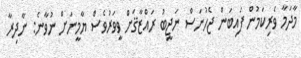
މާދަމާ ވެރިކަމުން ފައިބަން ޖެހުނަސް ނަޖީބު ރައްޒާޤަށް ވީވަރުވެސް ޔާމީނަށް ނުވާނެ: ނާދިރާ